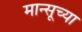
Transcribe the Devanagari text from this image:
मान्सूच्या